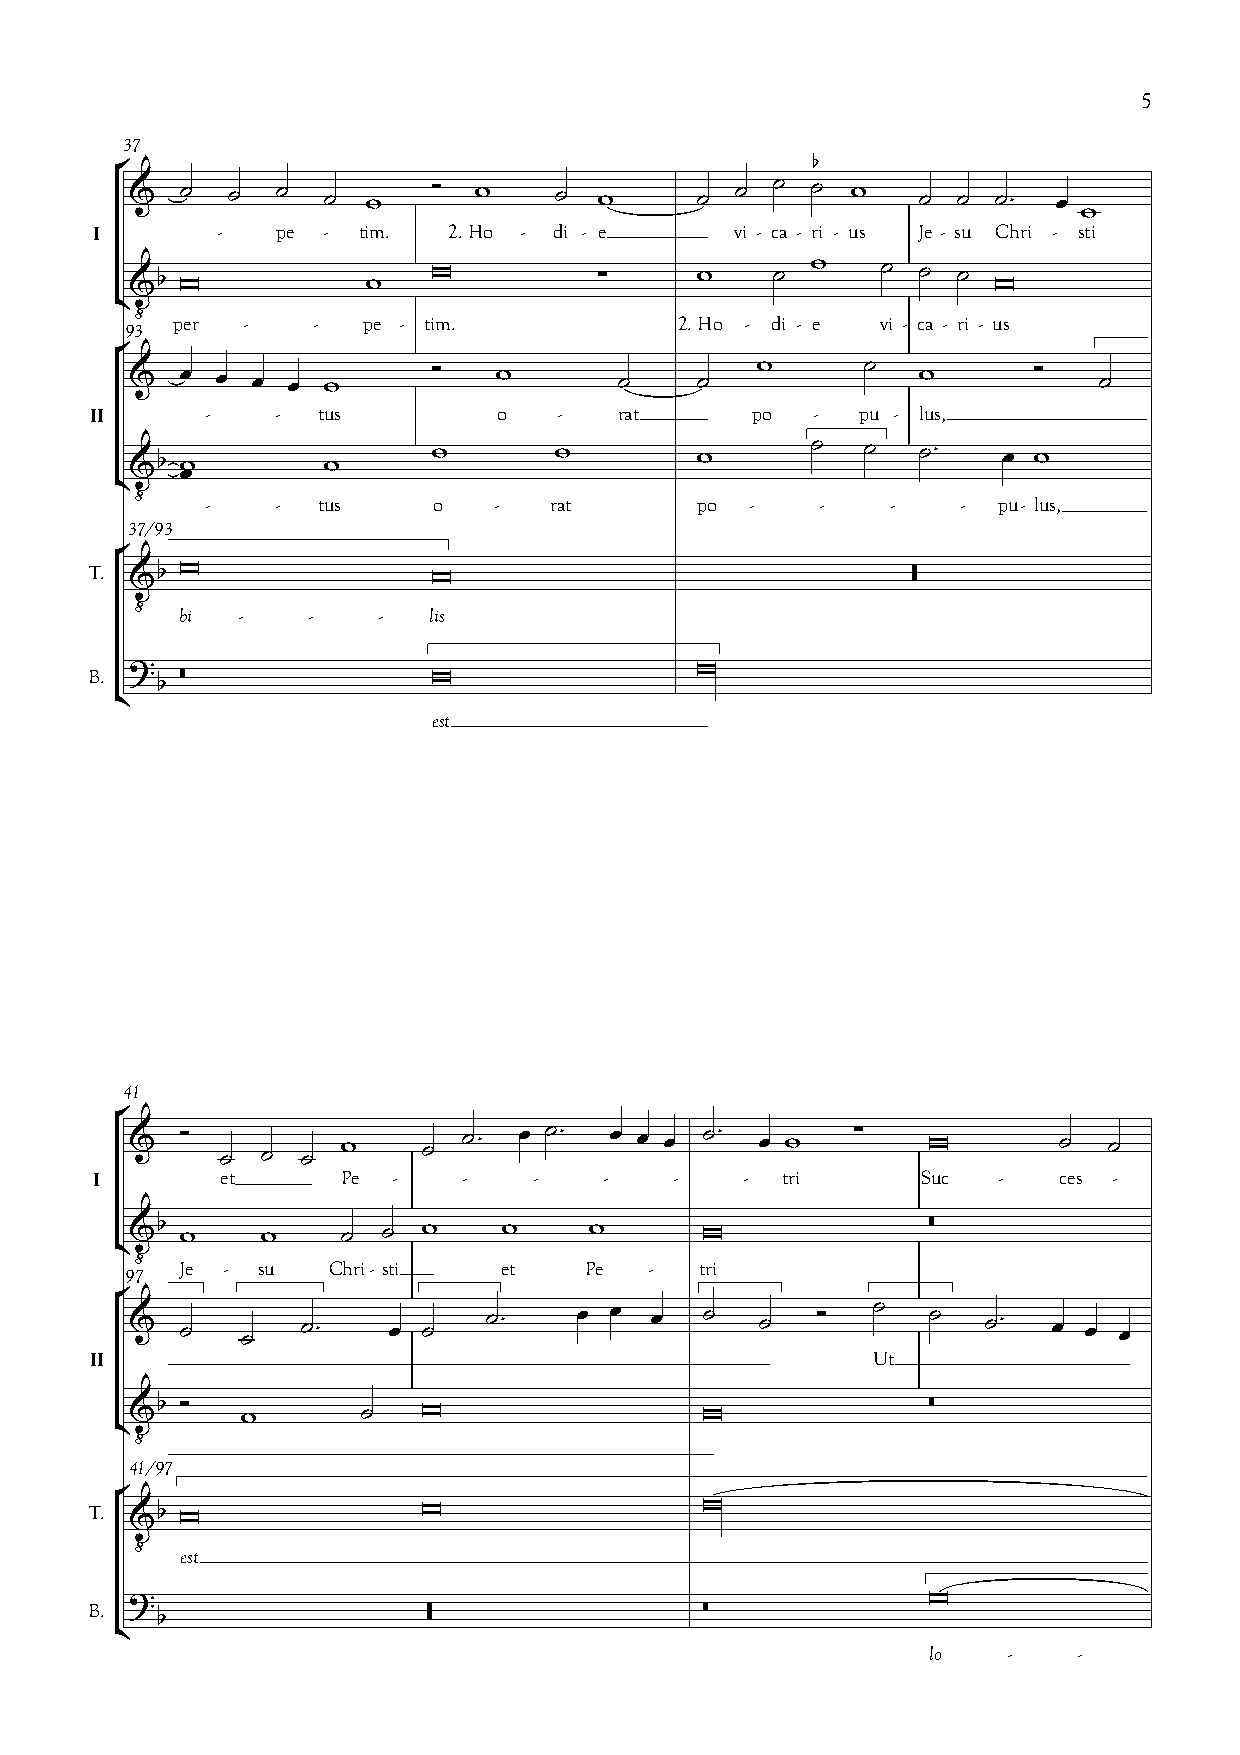
5
 37
 
                                            
 I       -   pe -  tim.  2. Ho - di - e     vi - ca - ri - us Je - su Chri - sti
                                              
 
 93 per -    -  pe - tim.            2. Ho - di - e vi - ca - ri - us
                                                   
 II      -   -  tus         o   -   rat      po  -  pu - lus,
                                                
    
     -   -  tus     o   -  rat       po  -   -    -    - pu- lus,
 37/93
 T.                                               
   bi  -   -    -  lis
 
 B.                                     
  
 
 est
 41
                                           
 I        et      Pe -    -   -    -    -   -  tri      Suc  -   ces -
                                            
 
 97 Je - su   Chri- sti  et    Pe  -  tri
                                             
 II                                                  Ut
                                               
 
 
 41/97
 T.                                  
   est
                                                     
 B.
                                    
 
 lo   -   -